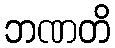
ဘဏတိ